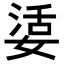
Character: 𡞠